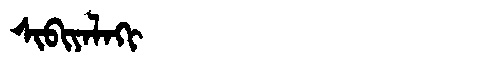
Manchu: ᠰᡳᠪᡳᠶᠠᠯᠠᡴᡳ
Romanization: SIBIYALAKI